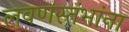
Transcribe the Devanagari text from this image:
लवणस्तंभांना